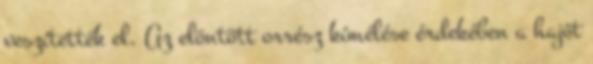
veszítették el. Az elöntött orrész kímélése érdekében a hajót